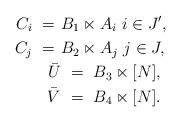
LaTeX: \begin{align*} C_i \ = \ & B_1 \ltimes A_i \ i \in J',\\ C_j \ = \ & B_2 \ltimes A_j \ j \in J, \\ \bar U & \ = \ B_3 \ltimes [N], \\ \bar V & \ = \ B_4 \ltimes [N]. \end{align*}